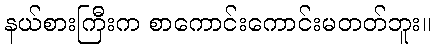
နယ်စားကြီးက စာကောင်းကောင်းမတတ်ဘူး။